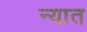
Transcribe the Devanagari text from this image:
न्यात